Lunatic asylums Central Provinces reports 1910-1926 - 1910-1926
Year: 1910
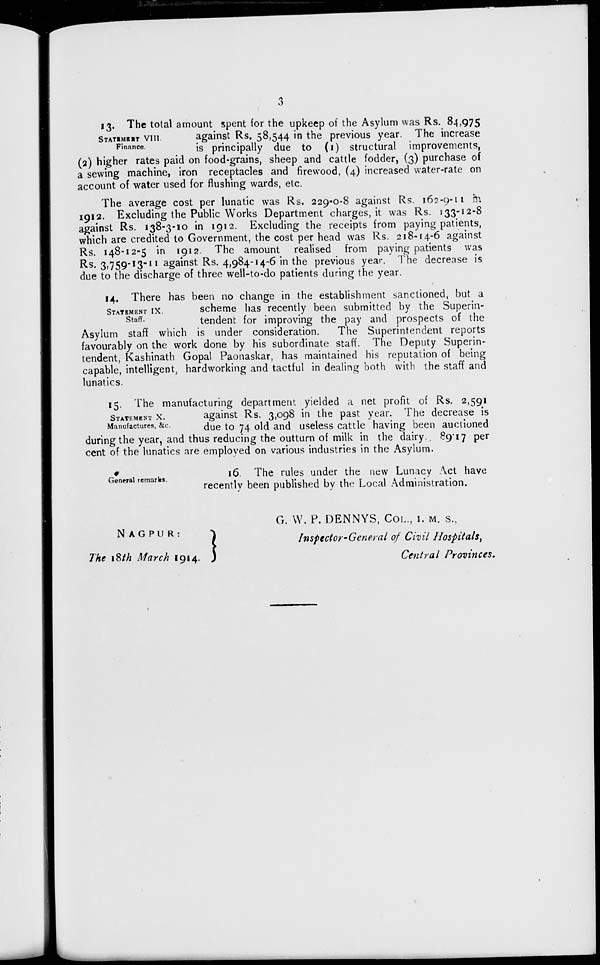
3
STATEMENT VIII.
Finance.
13. The total amount spent for the upkeep of the Asylum was Rs. 84,975
against Rs. 58,544 in the previous year. The increase
is principally due to (1) structural improvements,
(2) higher rates paid on food-grains, sheep and cattle fodder, (3) purchase of
a sewing machine, iron receptacles and firewood, (4) increased water-rate on
account of water used for flushing wards, etc.
The average cost per lunatic was Rs. 229-0-8 against Rs. 162-9-11 in
1912. Excluding the Public Works Department charges, it was Rs. 133-12-8
against Rs. 138-3-10 in 1912. Excluding the receipts from paying patients,
which are credited to Government, the cost per head was Rs. 218-14-6 against
Rs. 148-12-5 in 1912. The amount realised from paying patients was
Rs. 3,759-13-11 against Rs. 4,984-14-6 in the previous year. The decrease is
due to the discharge of three well-to-do patients during the year.
STATEMENT IX.
Staff.
14. There has been no change in the establishment sanctioned, but a
scheme has recently been submitted by the Superin-
tendent for improving the pay and prospects of the
Asylum staff which is under consideration.
The Superintendent reports
favourably on the work done by his subordinate staff. The Deputy Superin-
tendent, Kashinath Gopal Paonaskar, has maintained his reputation of being
capable, intelligent, hardworking and tactful in dealing both with the staff and
lunatics.
STATEMENT X.
Manufactures, &c.
15. The manufacturing department yielded a net profit of Rs. 2,591
against Rs. 3,098 in the past year. The decrease is
due to 74 old and useless cattle having been auctioned
during the year, and thus reducing the outturn of milk in the dairy. 89.17 per
cent of the lunatics are employed on various industries in the Asylum.
General remarks.
16. The rules under the new Lunacy Act have
recently been published by the Local Administration.
NAGPUR:
The 18th March 1914.
G. W. P. DENNYS, COL., I. M. S.,
Inspector-General of Civil Hospitals,
Central Provinces.